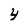
Character: 4